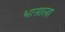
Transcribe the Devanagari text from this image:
भासाला